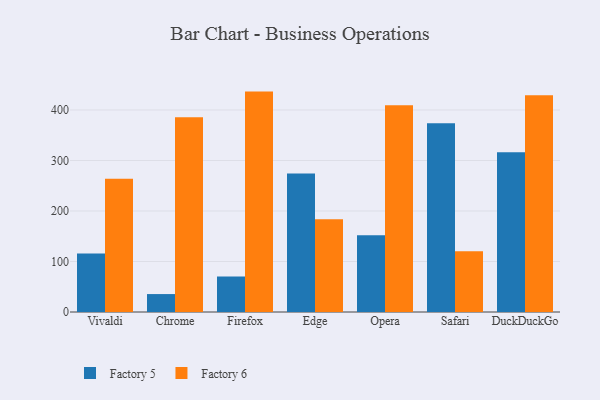
{"axis": {"x": "Browser", "y": "Active Users"}, "legend": ["Factory 5", "Factory 6"], "data": [{"x": "Vivaldi", "y": 116.0, "type": "Factory 5"}, {"x": "Vivaldi", "y": 263.6, "type": "Factory 6"}, {"x": "Chrome", "y": 35.5, "type": "Factory 5"}, {"x": "Chrome", "y": 385.7, "type": "Factory 6"}, {"x": "Firefox", "y": 70.3, "type": "Factory 5"}, {"x": "Firefox", "y": 436.4, "type": "Factory 6"}, {"x": "Edge", "y": 274.0, "type": "Factory 5"}, {"x": "Edge", "y": 183.7, "type": "Factory 6"}, {"x": "Opera", "y": 152.1, "type": "Factory 5"}, {"x": "Opera", "y": 409.4, "type": "Factory 6"}, {"x": "Safari", "y": 373.8, "type": "Factory 5"}, {"x": "Safari", "y": 120.3, "type": "Factory 6"}, {"x": "DuckDuckGo", "y": 316.3, "type": "Factory 5"}, {"x": "DuckDuckGo", "y": 429.1, "type": "Factory 6"}]}